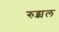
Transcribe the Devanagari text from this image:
रुद्र्मल